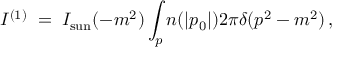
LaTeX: { \cal I } ^ { ( 1 ) } \; = \; I _ { \mathrm { s u n } } ( - m ^ { 2 } ) \int _ { p } n ( | p _ { 0 } | ) 2 \pi \delta ( p ^ { 2 } - m ^ { 2 } ) \, ,